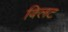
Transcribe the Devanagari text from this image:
क्लिट